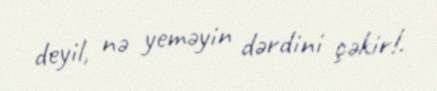
deyil, nə yeməyin dərdini çəkir!.